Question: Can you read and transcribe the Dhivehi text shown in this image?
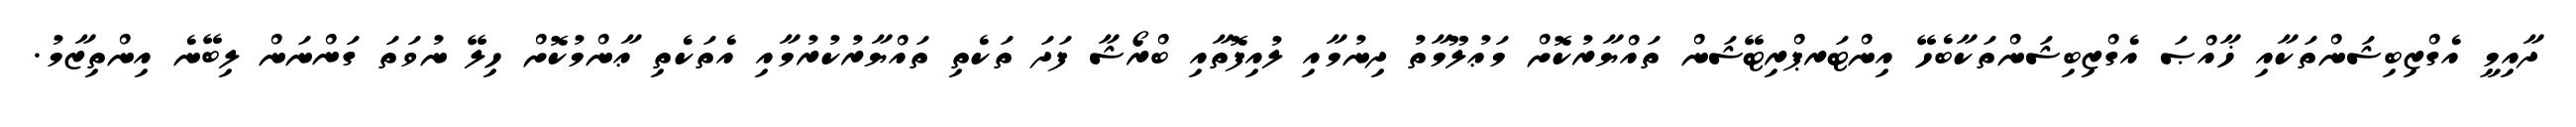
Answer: ދާއިމީ އެގްޒިބިޝަންތަކާއި ޚާއްޞަ އެގްޒިބިޝަންތަކާބެހޭ އިންޓަރޕްރިޓޭޝަން ތައްޔާރުކޮށް މަޢުލޫމާތު ދިނުމާއި ލުއިފޮތާއި ބްރޯޝާ ފަދަ ތަކެތި ތައްޔާރުކުރުމާއި އެތަކެތި ޢާންމުކޮށް ހިލޭ ނުވަތަ ގަންނަން ލިބޭނެ އިންތިޒާމު.